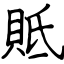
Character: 貾